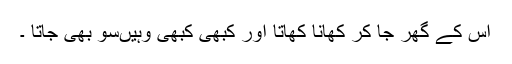
اس کے گھر جا کر کھانا کھاتا اور کبھی کبھی وہیںسو بھی جاتا ۔